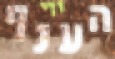
הענף